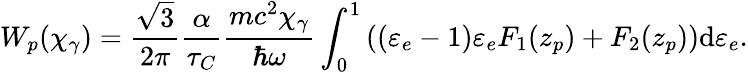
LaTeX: W_{p}(\chi_{\gamma})=\frac{\sqrt{3}}{2\pi}\frac{\alpha}{\tau_{C}}\frac{mc^{2}\chi_{\gamma}}{\hbar\omega}\int_{0}^{1}\left((\varepsilon_{e}-1)\varepsilon_{e}F_{1}(z_{p})+F_{2}(z_{p})\right)\mathrm{d}\varepsilon_{e}.